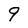
Character: 9